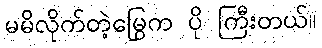
မမိလိုက်တဲ့မြွေက ပို ကြီးတယ်။